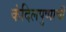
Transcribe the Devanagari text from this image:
कंदिलपुष्पाची